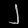
Digit: ၂